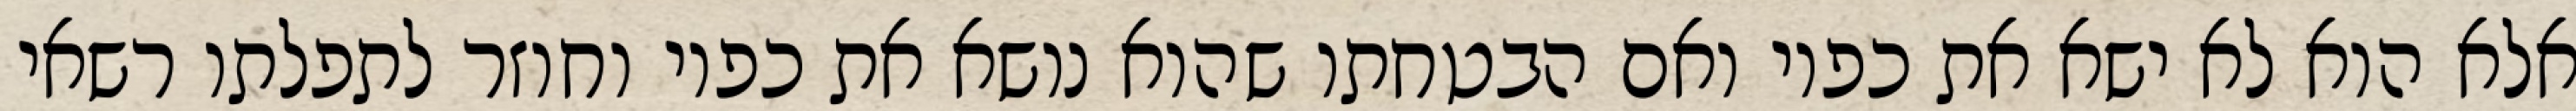
אלא הוא לא ישא את כפיו ואם הבטחתו שהוא נושא את כפיו וחוזר לתפלתו רשאי